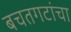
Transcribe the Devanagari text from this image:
बचतगटांचा